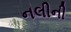
નલીની